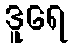
ဒူရေ